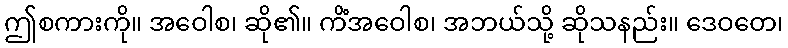
ဤစကားကို။ အဝေါစ၊ ဆို၏။ ကိံအဝေါစ၊ အဘယ်သို့ ဆိုသနည်း။ ဒေဝတေ၊